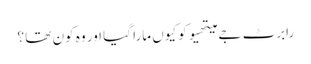
رابرٹ جے میتھیو کو کیوں مارا گیا اور وہ کون تھا ؟